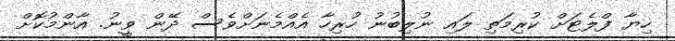
ހިޔާ ފްލެޓަށް ކުރިމަތި ލައި ނުލިބުނު ހުރިހާ އެއްމެނަށްވެސް ދޭން ވީނު. އާންމުކޮށް